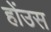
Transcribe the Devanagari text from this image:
होंउस